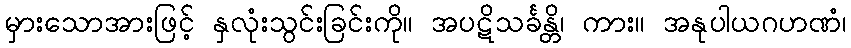
မှားသောအားဖြင့် နှလုံးသွင်းခြင်းကို။ အပဋိသင်္ခန္တိ၊ ကား။ အနုပါယဂဟဏံ၊